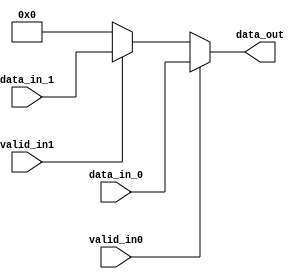
module mux (
    input [5:0] data_in_0,
    input valid_in0,
    input [5:0] data_in_1,
    input valid_in1,
    output reg [5:0] data_out);


    always @(*) begin
    	data_out = 0;
        if (valid_in0 == 1) begin
            data_out = data_in_0;
        end
        else begin
		if (valid_in1 == 1) begin
		    data_out = data_in_1;
		end
	end
    end

endmodule